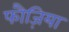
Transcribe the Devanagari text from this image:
फौज़िया